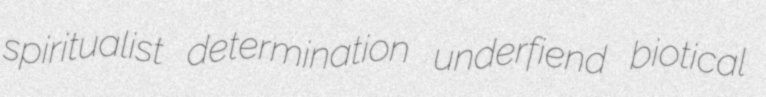
spiritualist determination underfiend biotical